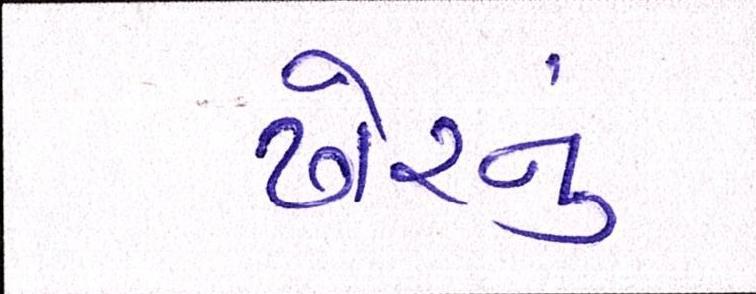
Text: ઢોરનું